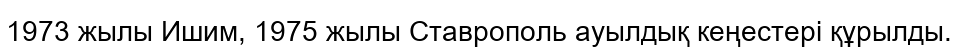
1973 жылы Ишим, 1975 жылы Ставрополь ауылдық кеңестері құрылды.